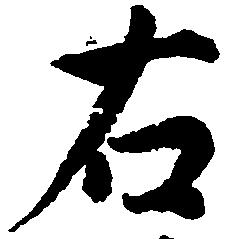
右